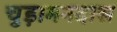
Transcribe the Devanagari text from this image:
चुड़ामनदास